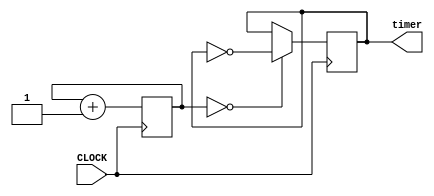
`timescale 1ns / 1ps

//handles the clock divider for the seven segment display

module watch( input CLOCK, output reg timer = 0);

   reg [24:0] COUNT = 25'b0;
   
   always @ (posedge CLOCK) begin

      COUNT <= COUNT + 1;
      timer <= ( COUNT == 25'b0 ) ? ~timer : timer;

   end
 
endmodule